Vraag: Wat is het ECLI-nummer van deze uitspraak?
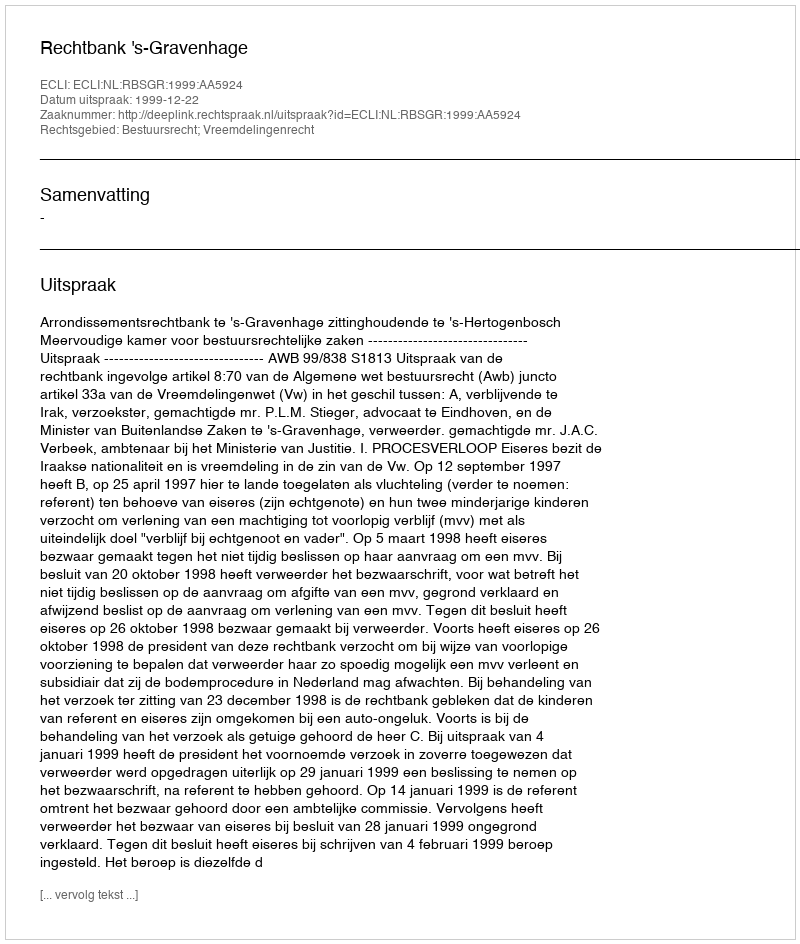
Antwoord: ECLI:NL:RBSGR:1999:AA5924